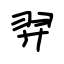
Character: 羿